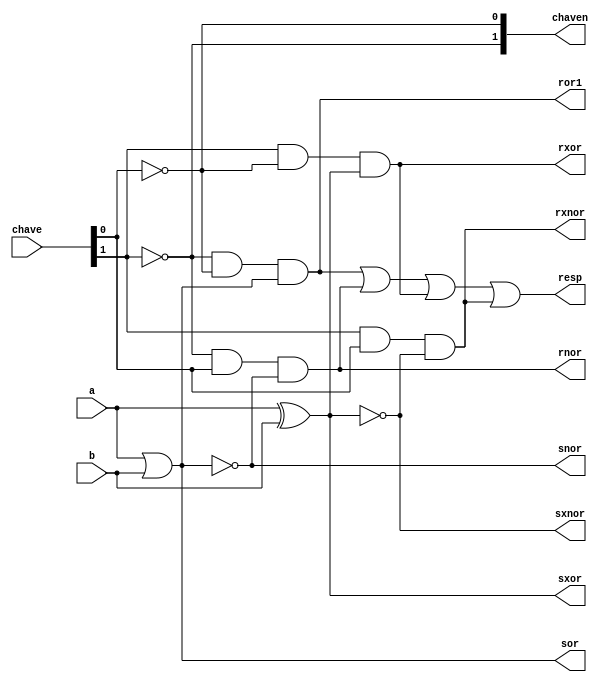
//-------------------// -------------------------
// Exemplo0034 - F4
// Nome: guilherme alves de oliveira
// -------------------------
// -------------------------
//  f4_gate
// -------------------------
module f4 (output  sor,output snor,output sxor,
           output sxnor,output ror1,output rnor,
          output rxor,output rxnor,output resp,input a,input b,input[0:1] chave,output [0:1]chaven );
// descrever por portas
	 
or(sor,a,b);
nor(snor,a,b);
xor(sxor,a,b);
xnor(sxnor,a,b);

not(chaven[0],chave[0]);	
not(chaven[1],chave[1]);	



and(ror1,chaven[0],chaven[1],sor);
and(rnor,chaven[0],chave[1],snor);
and(rxor,chave[0],chaven[1],sxor);
and(rxnor,chave[0],chave[1],sxnor);

or(resp,ror1,rnor,rxor,rxnor);

endmodule // f4
module test_f4;
// ------------------------- definir dados
reg   x;
reg   y;
reg [1:0]  ch;

wire zor;
wire znor;
wire zxor;
wire zxnor;
wire wor1;
wire wnor1;
wire wxor;
wire wxnor;
wire [1:0]chn;
wire resp;


f4 modulo (zor,znor,zxor,zxnor,wor1,wnor1,wxor,wxnor,resp,x,y,ch,chn);
// ------------------------- parte principal
   initial begin
      $display("Exemplo0034 - guilherme alves de oliveira - 450161");
      $display("Test LU's module");
      x = 1'b0;      y = 1'b1; ch = 2'b00;
 // projetar testes do modulo
#1   $display("a = %b b = %b",x,y);
	  $display("chave =  %2b  ",ch);
	  $display("resp = %1b ",resp);
	  $display("",);
   end
endmodule // test_f4